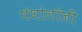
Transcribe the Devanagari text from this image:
पॅथोलॉजी